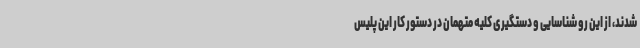
شدند، از این رو شناسایی و دستگیری کلیه متهمان در دستور کار این پلیس